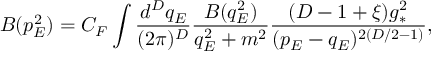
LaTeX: B ( p _ { E } ^ { 2 } ) = C _ { F } \int \frac { d ^ { D } q _ { E } } { ( 2 \pi ) ^ { D } } \frac { B ( q _ { E } ^ { 2 } ) } { q _ { E } ^ { 2 } + m ^ { 2 } } \frac { ( D - 1 + \xi ) g _ { * } ^ { 2 } } { ( p _ { E } - q _ { E } ) ^ { 2 ( D / 2 - 1 ) } } ,